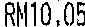
RN10.05